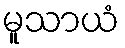
မူသာယံ